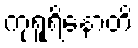
ကုရူရိနောတိ